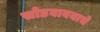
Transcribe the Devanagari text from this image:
सोडवावयाचे